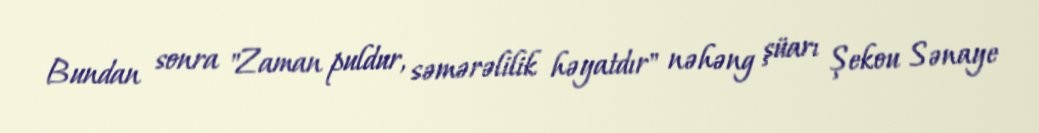
Bundan sonra "Zaman puldur, səmərəlilik həyatdır" nəhəng şüarı Şekou Sənaye